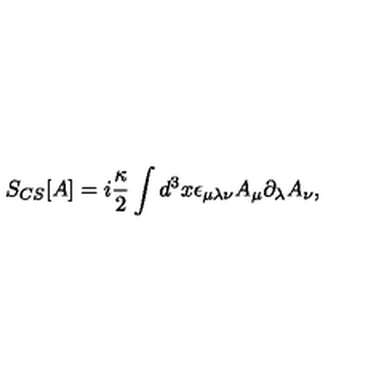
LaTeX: S _ { C S } [ A ] = i \frac { \kappa } { 2 } \int d ^ { 3 } x \epsilon _ { \mu \lambda \nu } A _ { \mu } \partial _ { \lambda } A _ { \nu } ,